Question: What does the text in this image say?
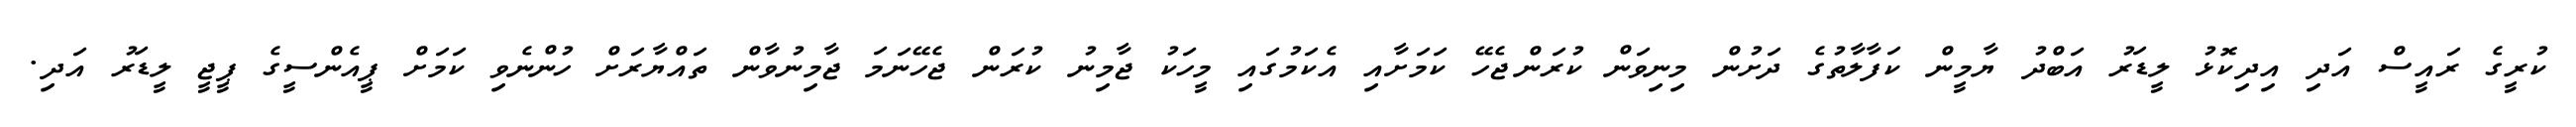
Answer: ކުރީގެ ރައީސް އަދި އިދިކޮޅު ލީޑަރު އަބްދު ޔާމީން ކަފާލާތުގެ ދަށުން މިނިވަން ކުރަންޖެހޭ ކަމަށާއި އެކަމުގައި މީހަކު ޖާމިނު ކުރަން ޖެހޭނަމަ ޖާމިނުވާން ތައްޔާރަށް ހުންނެވި ކަމަށް ޕީއެންސީގެ ޕީޖީ ލީޑަރު އަދި.